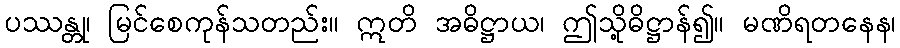
ပဿန္တု၊ မြင်စေကုန်သတည်း။ ဣတိ အဓိဋ္ဌာယ၊ ဤသို့ဓိဋ္ဌာန်၍။ မဏိရတနေန၊